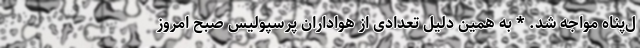
ل‌پناه مواجه شد. * به همین دلیل تعدادی از هواداران پرسپولیس صبح امروز